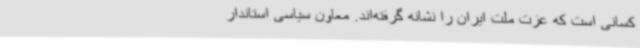
کسانی است که عزت ملت ایران را نشانه گرفته‌اند. معاون سیاسی استاندار